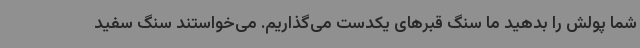
شما پولش را بدهید ما سنگ قبرهای یکدست می‌گذاریم. می‌خواستند سنگ سفید